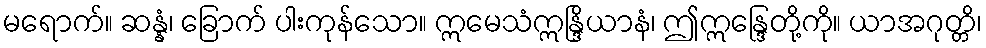
မရောက်။ ဆန္နံ၊ ခြောက် ပါးကုန်သော။ ဣမေသံဣန္ဒြိယာနံ၊ ဤဣန္ဒြေတို့ကို။ ယာအဂုတ္တိ၊